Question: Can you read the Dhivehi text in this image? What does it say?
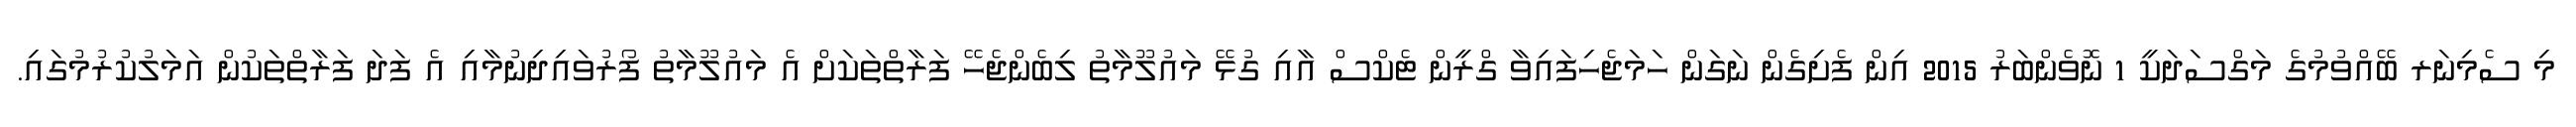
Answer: މި ސެމިނަރ ބޭއްވުމުގެ މަގްސަދަކީ 1 ނޮވެންބަރު 2015 އިން ފެށިގެން ނަގަން ހަމަޖެހިފައިވާ ގްރީން ޓެކްސް އާއި ގުޅޭ މައުލޫމާތު ލިބެންޖެހޭ ފަރާތްތަކަށް އެ މައުލޫމާތު ފޯރުވައިދިނުމާއި އެ ފަދަ ފަރާތްތަކުން އަމަލުކުރުމުގައި.